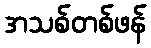
အသစ်တစ်ဖန်